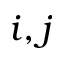
i , j